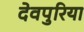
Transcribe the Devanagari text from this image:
देवपुरिया